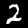
Digit: 2